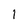
Character: l